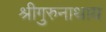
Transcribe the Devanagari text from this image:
श्रीगुरुनाथाय